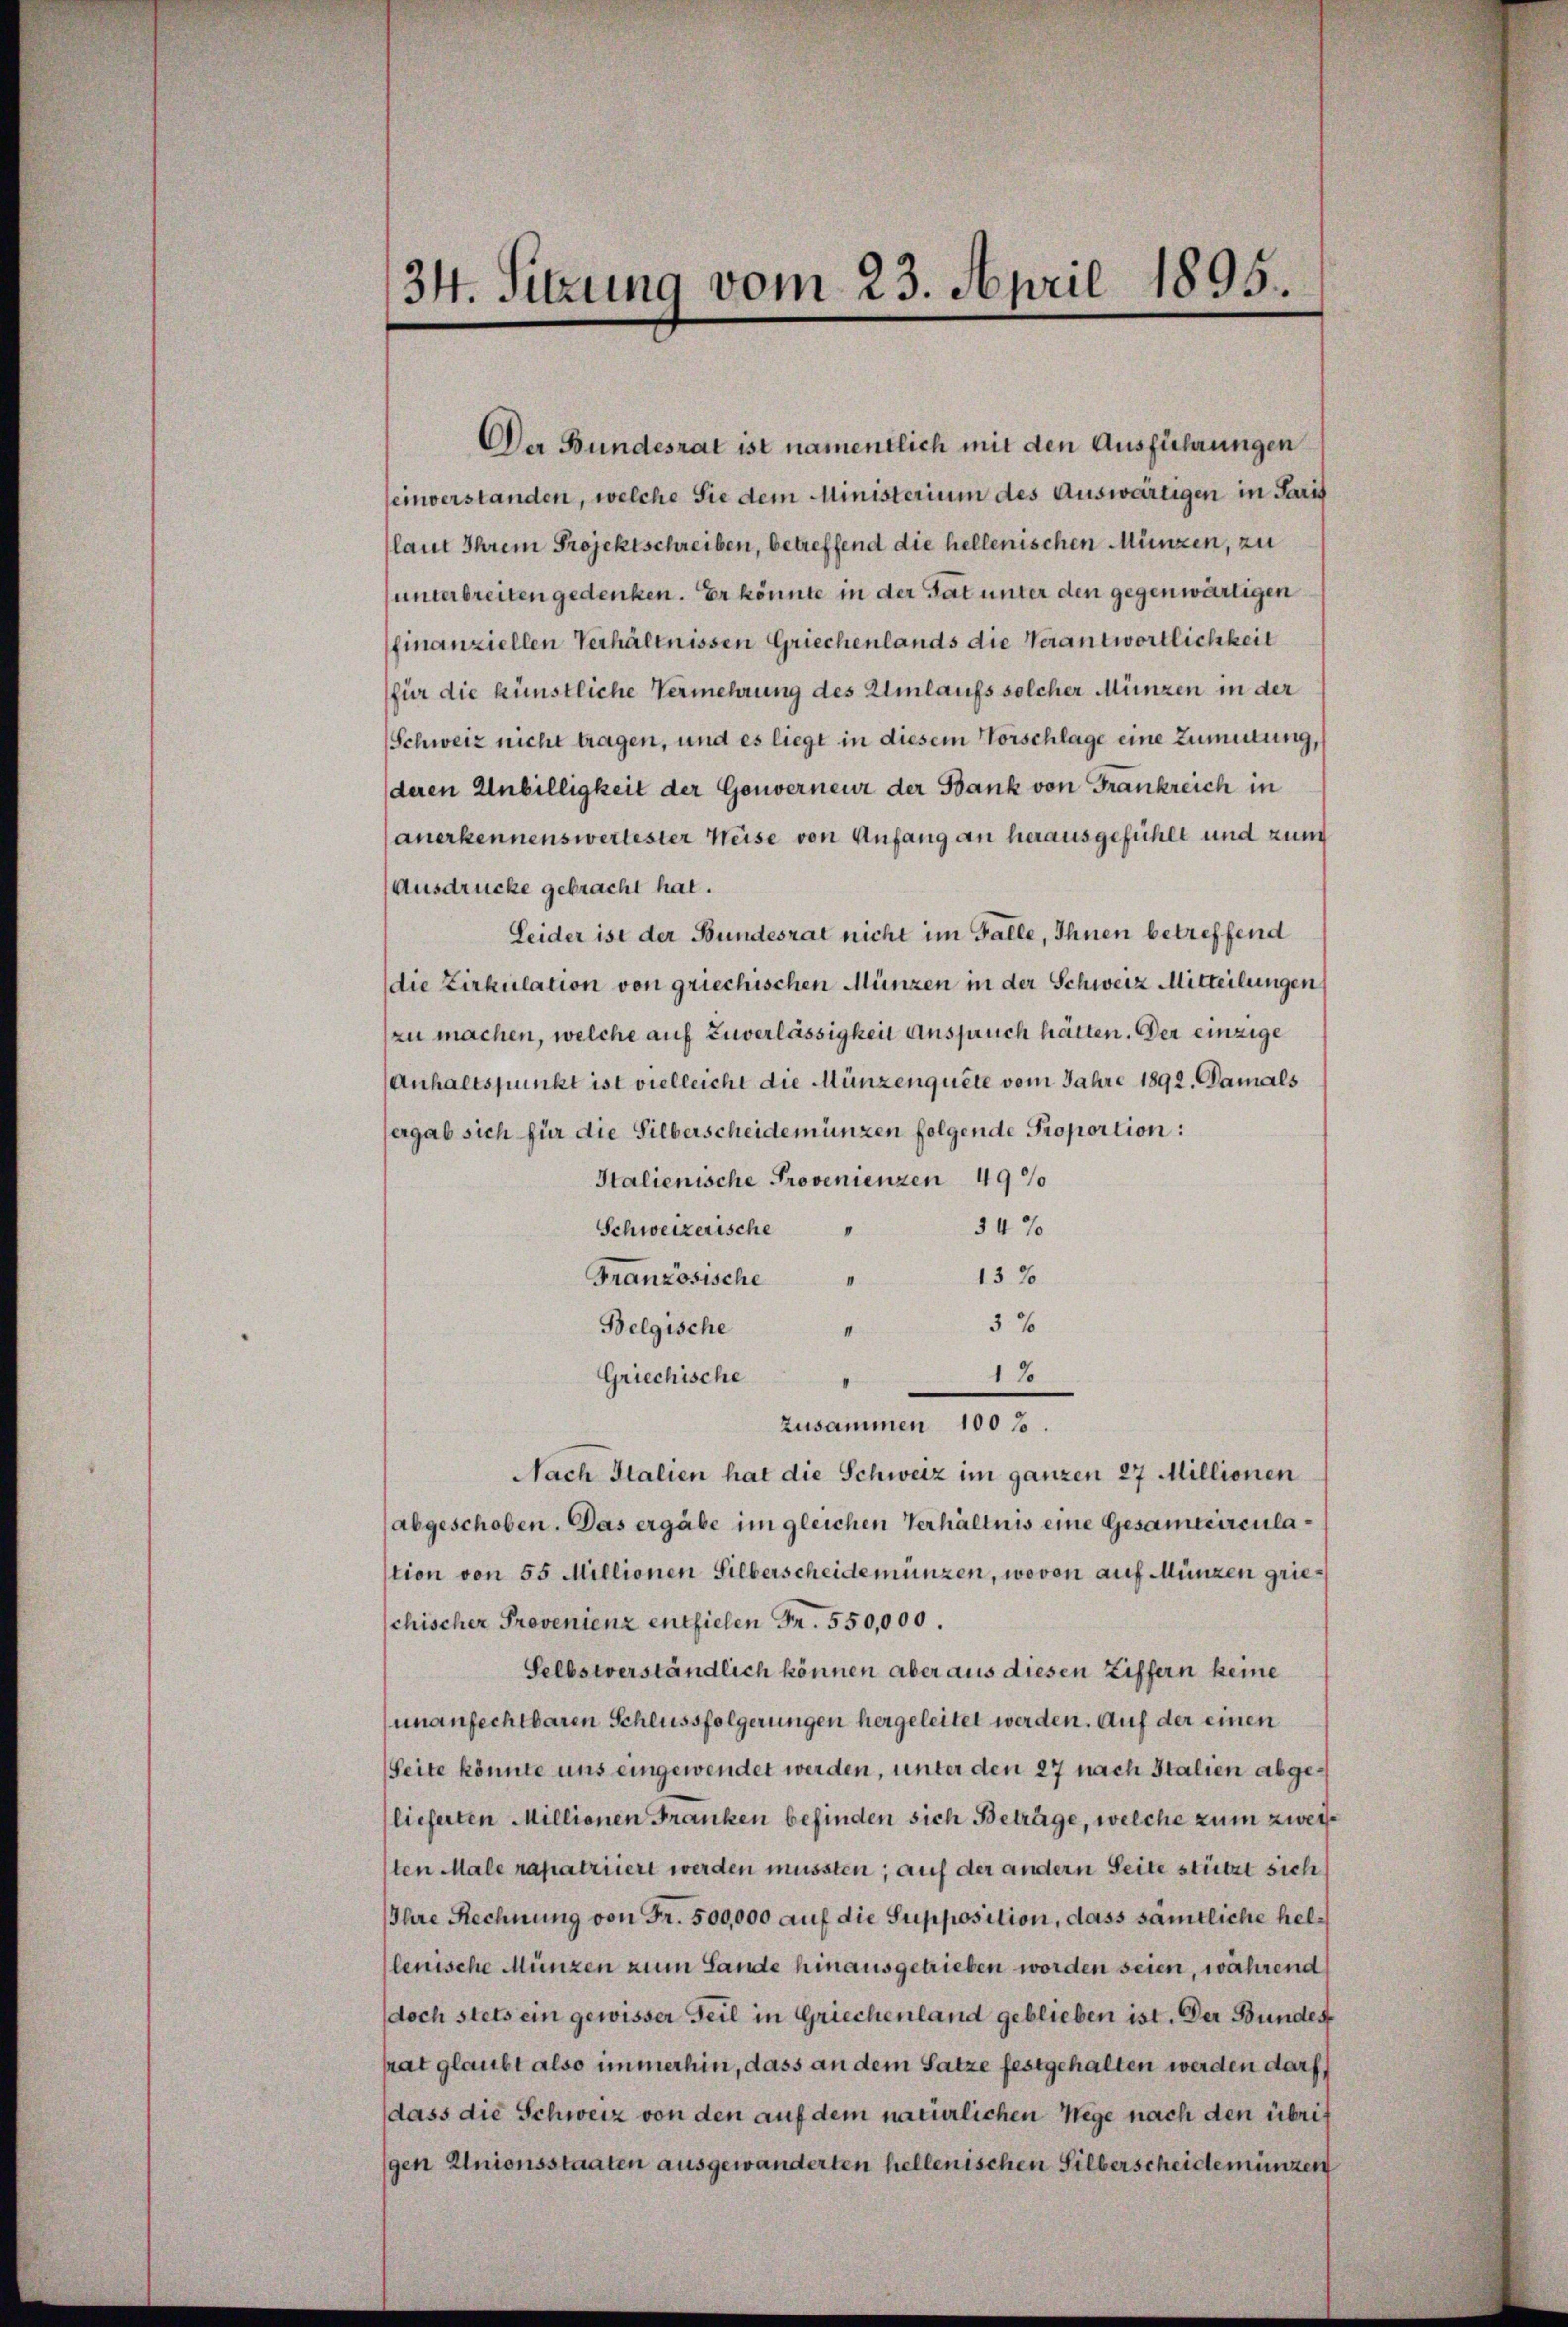
Der Bundesrat ist namentlich mit den Ausführungen
einverstanden, welche Sie dem Ministerium des Auswärtigen in Paris
laut Ihrem Projektschreiben, betreffend die hellenischen Münzen, zu
unterbreiten gedenken. Er könnte in der Tat unter den gegenwärtigen
finanziellen Verhältnissen Griechenlands die Verantwortlichkeit
für die künstliche Vermehrung des Umlaufs solcher Münzen in der
Schweiz nicht tragen, und es liegt in diesem Vorschlage eine Zumutung,
deren Unbilligkeit der Gouverneur der Bank von Frankreich in
anerkennenswertester Weise von Anfang an herausgefühlt und zun
Ausdrücke gebracht hat.
Leider ist der Bundesrat nicht im Falle, Ihnen betreffend
die Zirkulation von griechischen Münzen in der Schweiz Mitteilungen
zu machen, welche auf Zuverlässigkeit Anspruch hätten. Der einzige
Anhaltspunkt ist vielleicht die Münzenquête vom Jahre 1892. Damals
ergab sich für die Silberscheidemünzen folgende Proportion:
Stalienische Provenienzen 49
54%
Schweizerische
132
Französische
II
3 x
Belgische
II
12
Griechische
zusammen 100%.
Nach Italien hat die Schweiz im ganzen 27 Millionen
abgeschoben. Das ergäbe im gleichen Verhältnis eine Gesammirculastion von 55 Millionen Silberscheidemünzen, wovon auf Münzen griechischer Provenienz entfielen Fr. 550,000.
Selbstverständlich können aber aus diesen Ziffern keine
unanfechtbaren Schlussfolgerungen hergeleitet werden. Auf der einen
Seite könnte uns eingewendet werden, unter den 27 nach Italien abge¬
(lieferten Millionen Franken befinden sich Beträge, welche zum zweyten Male rapatriiert werden müssten; auf der andern Seite stützt sich
Ihre Rechnung von Fr. 500,000 auf die Supposition, dass sämtliche hellenische Münzen zum Lande hinausgetrieben worden seien, während
doch stets ein gewisser Teil in Griechenland geblieben ist. Der Bundes
hat glaubt also immerhin, dass an dem Satze festgehalten werden darf,
dass die Schweiz von den auf dem natürlichen Wege nach den übrigen Unionsstaaten ausgewanderten hellenischen Silberscheidemünzen

34. Sitzung vom 23. April 1895.